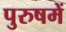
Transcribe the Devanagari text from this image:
पुरुषमें